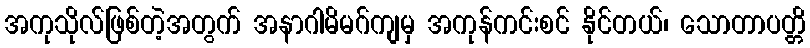
အကုသိုလ်ဖြစ်တဲ့အတွက် အနာဂါမိမဂ်ကျမှ အကုန်ကင်းစင် နိုင်တယ်၊ သောတာပတ္တိ